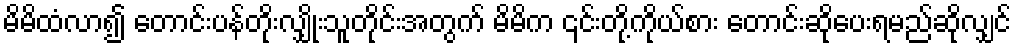
မိမိထံလာ၍ တောင်းပန်တိုးလျှိုးသူတိုင်းအတွက် မိမိက ၎င်းတို့ကိုယ်စား တောင်းဆိုပေးရမည်ဆိုလျှင်